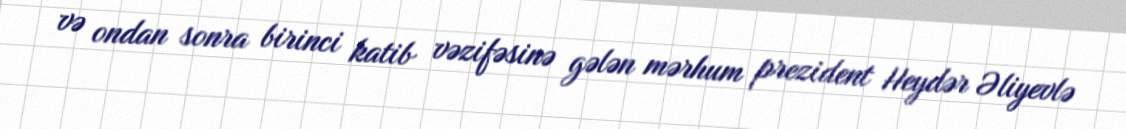
və ondan sonra birinci katib vəzifəsinə gələn mərhum prezident Heydər Əliyevlə